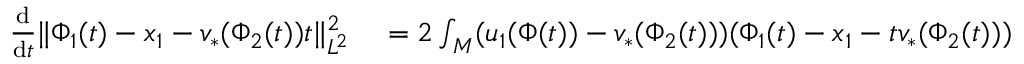
\begin{array} { r l } { \frac { \mathrm { d } } { \mathrm { d } t } \| \Phi _ { 1 } ( t ) - x _ { 1 } - v _ { * } ( \Phi _ { 2 } ( t ) ) t \| _ { L ^ { 2 } } ^ { 2 } } & { { } = 2 \int _ { M } ( u _ { 1 } ( \Phi ( t ) ) - v _ { * } ( \Phi _ { 2 } ( t ) ) ) ( \Phi _ { 1 } ( t ) - x _ { 1 } - t v _ { * } ( \Phi _ { 2 } ( t ) ) ) \mathrm { d } x } \end{array}